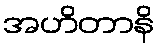
အဟိတာနိ